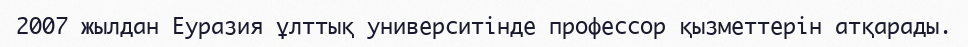
2007 жылдан Еуразия ұлттық университінде профессор қызметтерін атқарады.